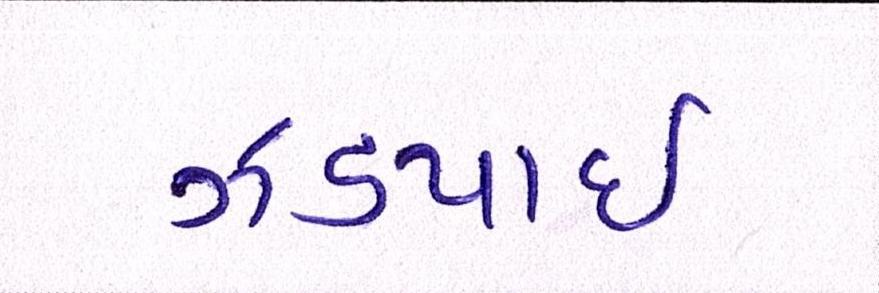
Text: ઝડપાઈ